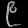
Digit: ၉